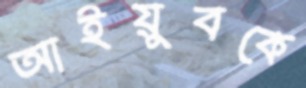
আইয়ুবকে